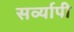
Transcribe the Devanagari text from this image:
सर्व्यापी